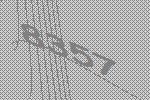
8357